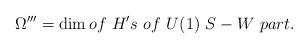
LaTeX: \begin{align*}\Omega^{\prime\prime\prime}=\dim of~H's~ of~ U(1)~S-W~ part.\end{align*}